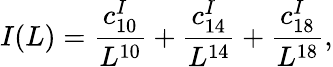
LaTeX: I(L)=\frac{c_{10}^{I}}{L^{10}}+\frac{c_{14}^{I}}{L^{14}}+\frac{c_{18}^{I}}{L^{18}},